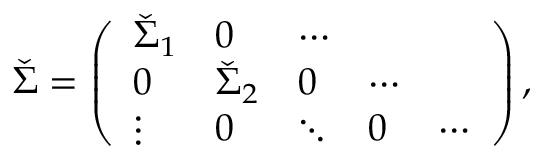
\check { \Sigma } = \left( \begin{array} { l l l l l } { \check { \Sigma } _ { 1 } } & { 0 } & { \cdots } & { } & { } \\ { 0 } & { \check { \Sigma } _ { 2 } } & { 0 } & { \cdots } & { } \\ { \vdots } & { 0 } & { \ddots } & { 0 } & { \cdots } \end{array} \right) ,